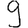
Digit: 9